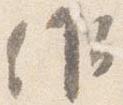
候